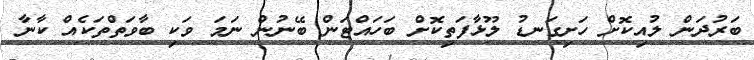
ބަރުދަން ލުއިކޮށް ހަށިގަނޑު ލޫޅާފަތިކޮށް ބަހައްޓަން ބޭނުން ނަމަ ވަކި ބާވަތްތަކެއް ކާނާ